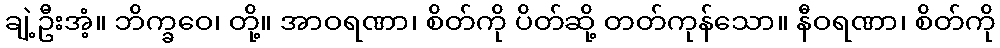
ချဲ့ဦးအံ့။ ဘိက္ခဝေ၊ တို့။ အာဝရဏာ၊ စိတ်ကို ပိတ်ဆို့ တတ်ကုန်သော။ နီဝရဏာ၊ စိတ်ကို